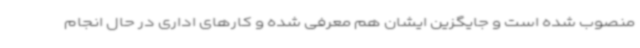
منصوب شده است و جایگزین ایشان هم معرفی شده و کارهای اداری در حال انجام